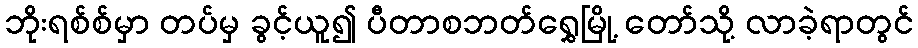
ဘိုးရစ်စ်မှာ တပ်မှ ခွင့်ယူ၍ ပီတာစဘတ်ရွှေမြို့ တော်သို့ လာခဲ့ရာတွင်